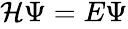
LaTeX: \begin{array}{r}{{\cal{H}}\Psi=E\Psi}\end{array}